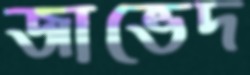
জাভেদ